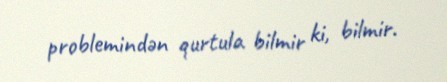
problemindən qurtula bilmir ki, bilmir.